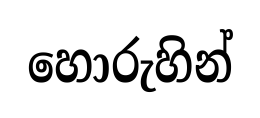
හොරුහින්